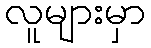
လူများမှာ